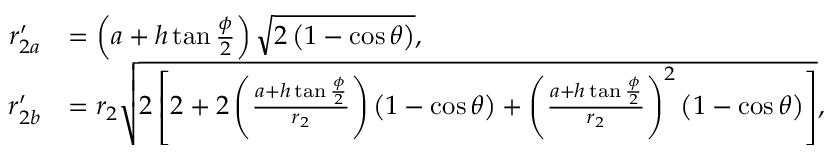
\begin{array} { r l } { r _ { 2 a } ^ { \prime } } & { = \left( a + h \tan { \frac { \phi } { 2 } } \right) \sqrt { 2 \left( 1 - \cos \theta \right) } , } \\ { r _ { 2 b } ^ { \prime } } & { = r _ { 2 } \sqrt { 2 \left[ 2 + 2 \left( \frac { a + h \tan { \frac { \phi } { 2 } } } { r _ { 2 } } \right) \left( 1 - \cos \theta \right) + \left( \frac { a + h \tan { \frac { \phi } { 2 } } } { r _ { 2 } } \right) ^ { 2 } \left( 1 - \cos \theta \right) \right] } , } \end{array}